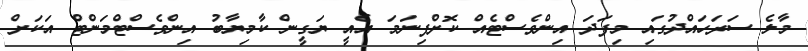
މާލެ ސަރަހައްދުގައި މިފަދަ އިންވެސްޓެއް ކޮށްފިނަމަ އެއީ ޔަގީން ކާމިޔާބު އިންވެސްޓްމަންޓް އަކަށް